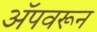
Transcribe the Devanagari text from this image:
अॅपवरून